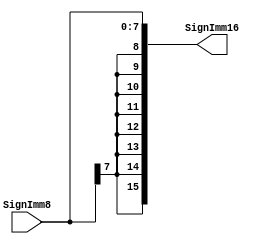
`timescale 1ns / 1ps

module SignExtend(
	input [7:0] SignImm8,
	output [15:0] SignImm16
    );

	assign SignImm16 = {{8{SignImm8[7]}}, SignImm8};

endmodule